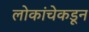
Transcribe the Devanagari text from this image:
लोकांचेकडून